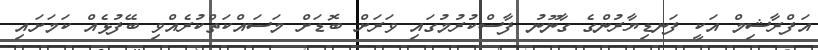
އަފްރާޝިމް އަކީ ފަނޑިޔާރުންގެ ގާނޫނު ފާސްކުރުމުގައި ވަރަށް ބޮޑަށް މަސައްކަތްކުރެއްވި ބޭފުޅެއް ކަމަށައި